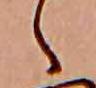
ゝ